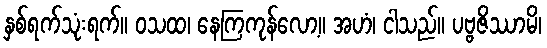
နှစ်ရက်သုံးရက်။ ဝသထ၊ နေကြကုန်လော့။ အဟံ၊ ငါသည်။ ပဗ္ဗဇိဿာမိ၊